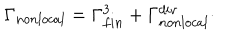
\Gamma _ { n o n l o c a l } = \Gamma _ { f i n } ^ { 3 } + \Gamma _ { n o n l o c a l } ^ { d i v } \cdot